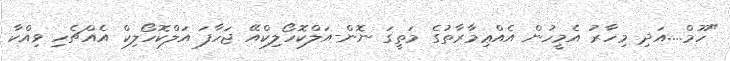
"ހޫމް....އަދި މިހާރު އެމީހުން އެއްޢިމާރާތުގެ މަތީގަ ނޮން-އަލްކޮހޯލިކްއޭ ޖަހާފަ އަލްކޮހޯލިކް އެއްޗެހި ވިއްކާ